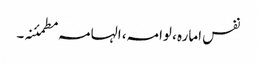
نفس امارہ ، لوامہ، الہامہ مطمئنہ۔